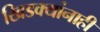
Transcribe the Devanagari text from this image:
खिडक्यांनाही